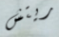
ريتش